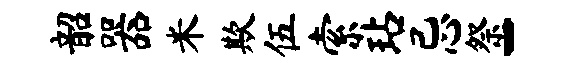
韶器米欺伍索玷忌祭-